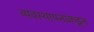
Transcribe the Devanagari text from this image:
व्यवस्थापनांकडून